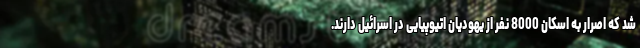
شد که اصرار به اسکان 8000 نفر از یهودیان اتیوپیایی در اسرائیل دارند.